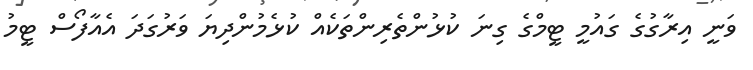
ވަނީ އިރާގުގެ ގައުމީ ޓީމްގެ ގިނަ ކުޅުންތެރިންތަކެއް ކުޅެމުންދިޔަ ވަރުގަދަ އެއާފޯސް ޓީމު